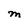
Character: M